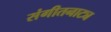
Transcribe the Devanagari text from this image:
संगीतनाट्य